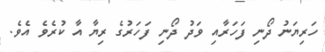
ހަރިޔަނު ދޯނި ފަހަރާއި ވަދު ދޯނި ފަހަރުގެ ރިޔާ އާ ކުރެވެ އެވެ.